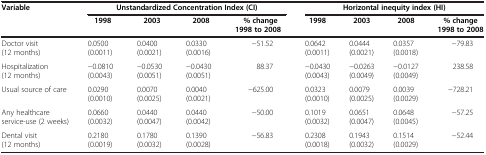
| <ROWSPAN=3> Variable | <COLSPAN=4> Unstandardized Concentration Index (CI) | <COLSPAN=4> Horizontal inequity index (HI) |
 | 1998 | 2003 | 2008 | % change | 1998 | 2003 | 2008 | % change |
 |  |  |  | 1998 to 2008 |  |  |  | 1998 to 2008 |
 | --- | --- | --- | --- | --- | --- | --- | --- | --- |
 | Doctor visit (12 months) | 0.0500 (0.0011) | 0.0400 (0.0021) | 0.0330 (0.0016) | −51.52 | 0.0642 (0.0011) | 0.0444 (0.0021) | 0.0357 (0.0018) | −79.83 |
 | Hospitalization (12 months) | −0.0810 (0.0043) | −0.0530 (0.0051) | −0.0430 (0.0051) | 88.37 | −0.0430 (0.0043) | −0.0263 (0.0049) | −0.0127 (0.0049) | 238.58 |
 | Usual source of care | 0.0290 (0.0010) | 0.0070 (0.0025) | 0.0040 (0.0021) | −625.00 | 0.0323 (0.0010) | 0.0079 (0.0025) | 0.0039 (0.0029) | −728.21 |
 | Any healthcare service-use (2 weeks) | 0.0660 (0.0032) | 0.0440 (0.0047) | 0.0440 (0.0042) | −50.00 | 0.1019 (0.0032) | 0.0651 (0.0047) | 0.0648 (0.0045) | −57.25 |
 | Dental visit (12 months) | 0.2180 (0.0019) | 0.1780 (0.0032) | 0.1390 (0.0028) | −56.83 | 0.2308 (0.0018) | 0.1943 (0.0032) | 0.1514 (0.0029) | −52.44 |